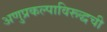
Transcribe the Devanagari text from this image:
अणुप्रकल्पाविरूद्धची